Vaccine operations Central Provinces & Berar 1912-1920 - 1912-1920
Year: 1912
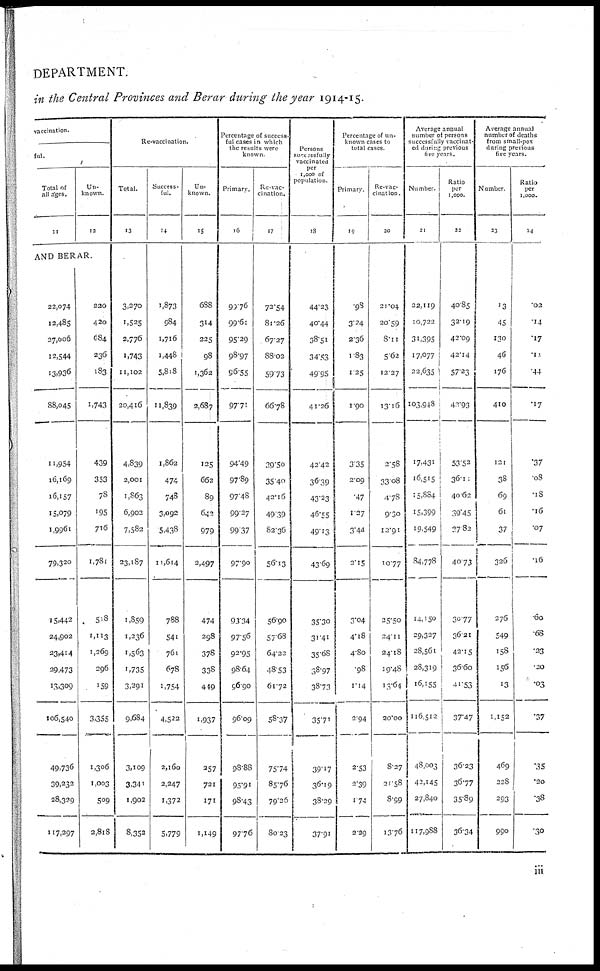
DEPARTMENT.
in the Central Provinces and Berar during the year 1914-15.
vaccination.
ful.
Total of
all ages.
11
Un¬
known.
12
AND BERAR.
22,074
12,485
27,006
12,544
13,936
88,045
11,954
16,169
16,157
15,079
1,9961
79,320
15,442
24,902
23,414
29,473
13,309
106,540
49,736
39,232
28,329
117,297
220
420
684
236
183
1,743
439
353
78
195
716
1,781
518
1,113
1,269
296
159
3,355
1,306
1,003
509
2,818
Re-vaccination.
Total.
13
3,270
1,525
2,776
1,743
11,102
20,416
4,839
2,001
1,863
6,902
7,582
23,187
1,859
1,236
1,563
1,735
3,291
9,684
3,109
3,341
1,902
8,352
Success-
ful.
14
1,873
984
1,716
1,448
5,818
11,839
1,862
474
748
3,092
5,438
11,614
788
541
761
678
1,754
4,522
2,160
2,247
1,372
5,779
Un-
known.
15
688
314
225
98
1,362
2,687
125
662
89
642
979
2,497
474
298
378
338
449
1,937
257
721
171
1,149
Percentage of success-
ful cases in which
the results were
known.
Primary.
16
99.76
99.61
95.29
98.97
96.55
97.71
94.49
97.89
97.48
99.27
99.37
97.90
93.34
97.56
92.95
98.64
96.90
96.09
98.88
95.91
98.43
97.76
Re-vac-
cination.
17
72.54
81.26
67.27
88.02
59.73
66.78
39.50
35.40
42.16
49.39
82.36
56.13
56.90
57.68
64.22
48.53
61.72
58.37
75.74
85.76
79.26
80.23
Persons
successfully
vaccinated
per
1,000 of
population.
18
44.23
40.44
38.51
34.53
49.95
41.26
42.42
36.39
43.23
46.55
49.13
43.69
35.30
31.41
35.68
38.97
38.73
35.71
39.17
36.19
38.29
37.91
Percentage of un-
known cases to
total cases.
Primary.
19
.98
3.24
2.36
1.83
1.25
1.90
3.35
2.09
.47
1.27
3.44
2.15
3.04
4.18
4.80
.98
1.14
2.94
2.53
2.39
1.74
2.29
Re-vac-
cination.
20
21.04
20.59
8.11
5.62
12.27
13.16
2.58
33.08
4.78
9.30
12.91
10.77
25.50
24.11
24.18
19.48
13.64
20.00
8.27
21.58
8.99
13.76
Average annual
number of persons
successfully vaccinat-
ed during previous
five years.
Number.
21
22,119
10,722
31,395
17,077
22,635
103,948
17,431
16,515
15,884
15,399
19,549
84,778
14,150
29,327
28,561
28,319
16,155
116,512
48,003
42,145
27,840
117,988
Ratio
per
1,000.
22
40.85
32.19
42.09
42.14
57.23
42.93
53.52
36.11
40.62
39.45
37.82
40.73
30.77
36.21
42.15
36.60
41.53
37.47
36.23
36.77
35.89
36.34
Average annual
number of deaths
from small-pox
during previous
five years.
Number.
23
13
45
130
46
176
410
121
38
69
61
37
326
276
549
158
156
13
1,152
469
228
293
990
Ratio
per
1,000.
24
.02
.14
.17
.11
.44
.17
.37
.08
.18
.16
.07
.16
.60
.68
.23
.20
.03
.37
.35
.20
.38
.30
iii